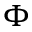
\Phi